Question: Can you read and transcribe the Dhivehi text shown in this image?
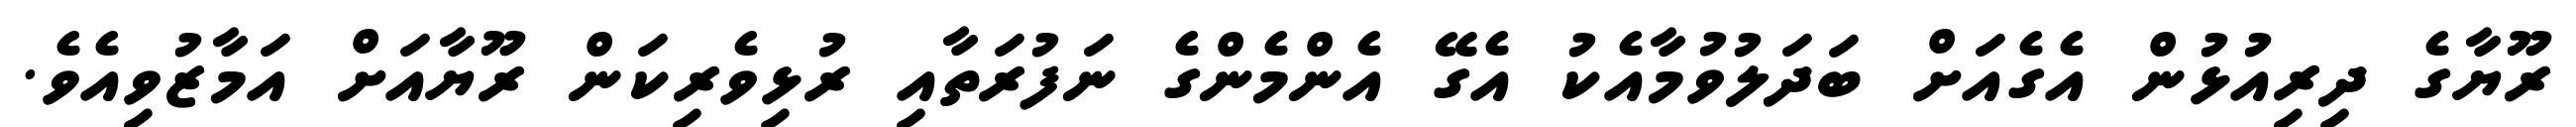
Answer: ރޫޔާގެ ދިރިއުޅުން އެގެއަށް ބަދަލުވުމާއެކު އެގޭ އެންމެންގެ ނަފުރަތާއި ރުޅިވެރިކަން ރޫޔާއަށް އަމާޒުވިއެވެ.